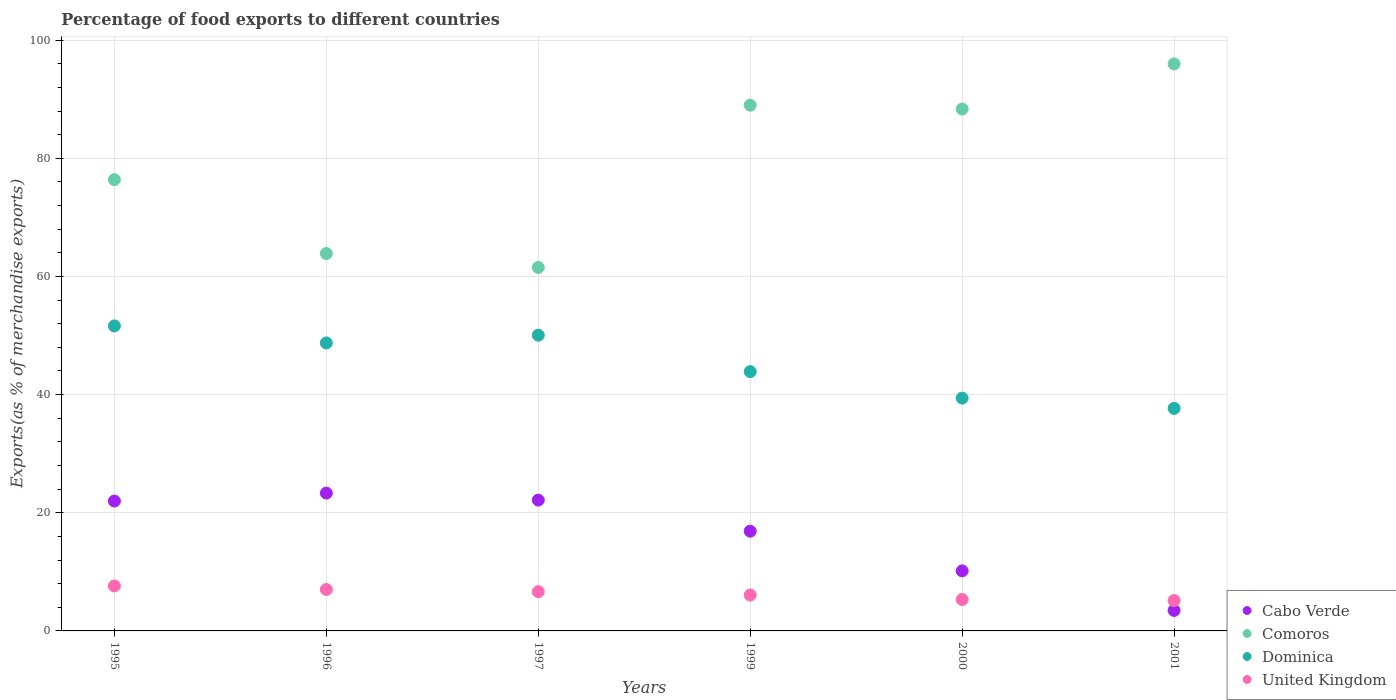
| Years | Cabo Verde | Comoros | Dominica | United Kingdom |
 | --- | --- | --- | --- | --- |
 | 1995 | 22 | 76.4 | 51.6 | 7.61 |
 | 1996 | 23.3 | 63.9 | 48.7 | 7.02 |
 | 1997 | 22.1 | 61.5 | 50.1 | 6.64 |
 | 1999 | 16.9 | 89 | 43.9 | 6.08 |
 | 2000 | 10.2 | 88.3 | 39.4 | 5.32 |
 | 2001 | 3.47 | 96 | 37.7 | 5.14 |